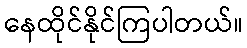
နေထိုင်နိုင်ကြပါတယ်။